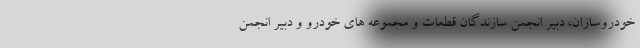
خودروسازان،‌ دبیر انجمن سازندگان قطعات و مجموعه های خودرو و دبیر انجمن